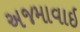
અજમાવાઇ